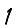
Digit: 1